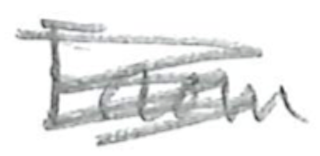
Text: From
Cross-out: scratch
Writing tool: pencil